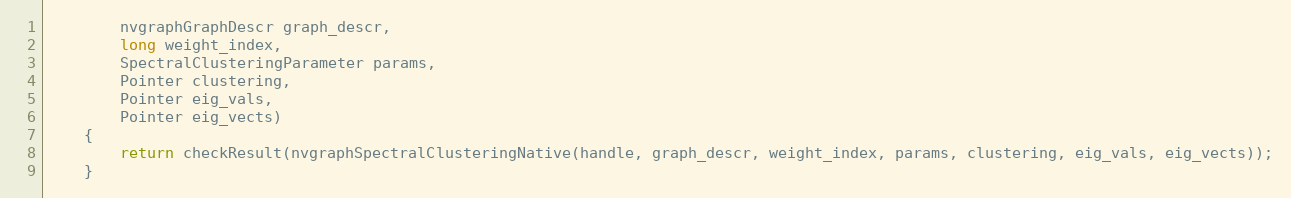
Language: Java
        nvgraphGraphDescr graph_descr,
        long weight_index,
        SpectralClusteringParameter params,
        Pointer clustering,
        Pointer eig_vals,
        Pointer eig_vects)
    {
        return checkResult(nvgraphSpectralClusteringNative(handle, graph_descr, weight_index, params, clustering, eig_vals, eig_vects));
    }